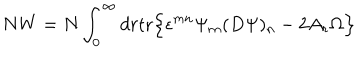
N W = N \int _ { 0 } ^ { \infty } d r \mathrm { t r } \Bigr \{ \epsilon ^ { m n } \Psi _ { m } ( D \Psi ) _ { n } - 2 A _ { r } \Omega \Bigl \}